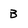
Character: B